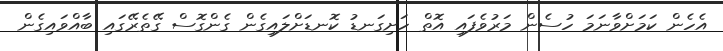
އެހެން ކަމަށްވާނަމަ ހުސެން މަރުވެފައި އޮތް ހަށިގަނޑު ކޮނޑަށްލައިގެން ގެންގޮސް ގޭތެރޭގައި ބާއްވައިގެން